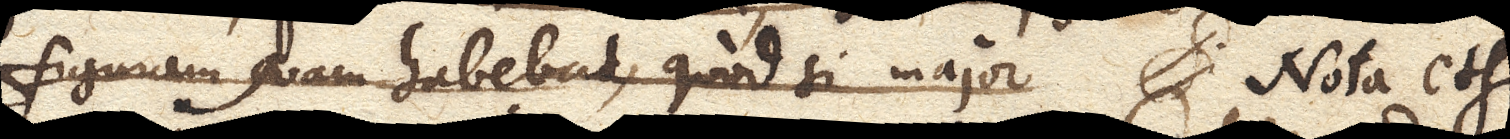
figuram quam habebat, quod si major Nota etsi